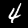
Label: 4